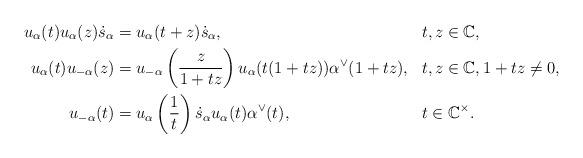
LaTeX: \begin{align*}u_\alpha(t)u_{\alpha}(z)\dot{s}_\alpha&=u_{\alpha}(t+z)\dot{s}_\alpha, &&t,z\in\mathbb{C}, \\u_\alpha(t)u_{-\alpha}(z)&=u_{-\alpha}\left( \frac{z}{1+tz} \right)u_\alpha(t(1+tz))\alpha^\vee(1+tz), && t,z\in\mathbb{C}, 1+tz\neq 0, \\u_{-\alpha}(t)&=u_\alpha\left( \frac{1}{t} \right)\dot{s}_\alpha u_\alpha(t)\alpha^\vee(t), &&t\in\mathbb{C}^\times. \end{align*}